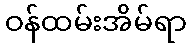
ဝန်ထမ်းအိမ်ရာ